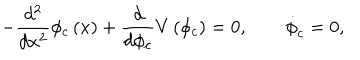
- \frac { d ^ { 2 } } { d x ^ { 2 } } \phi _ { c } \left( x \right) + \frac { d } { d \phi _ { c } } V \left( \phi _ { c } \right) = 0 , \qquad \dot { \phi } _ { c } = 0 ,